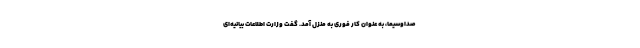
صداوسیما، به عنوان كار فورى به منزل آمد. گفت وزارت اطلاعات بیانیه‌اى